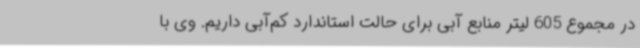
در مجموع 605 لیتر منابع آبی برای حالت استاندارد کم‌آبی داریم. وی با